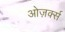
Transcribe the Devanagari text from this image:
ओज़र्क्स